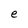
Character: e